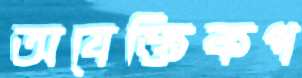
অযেক্তিকপ